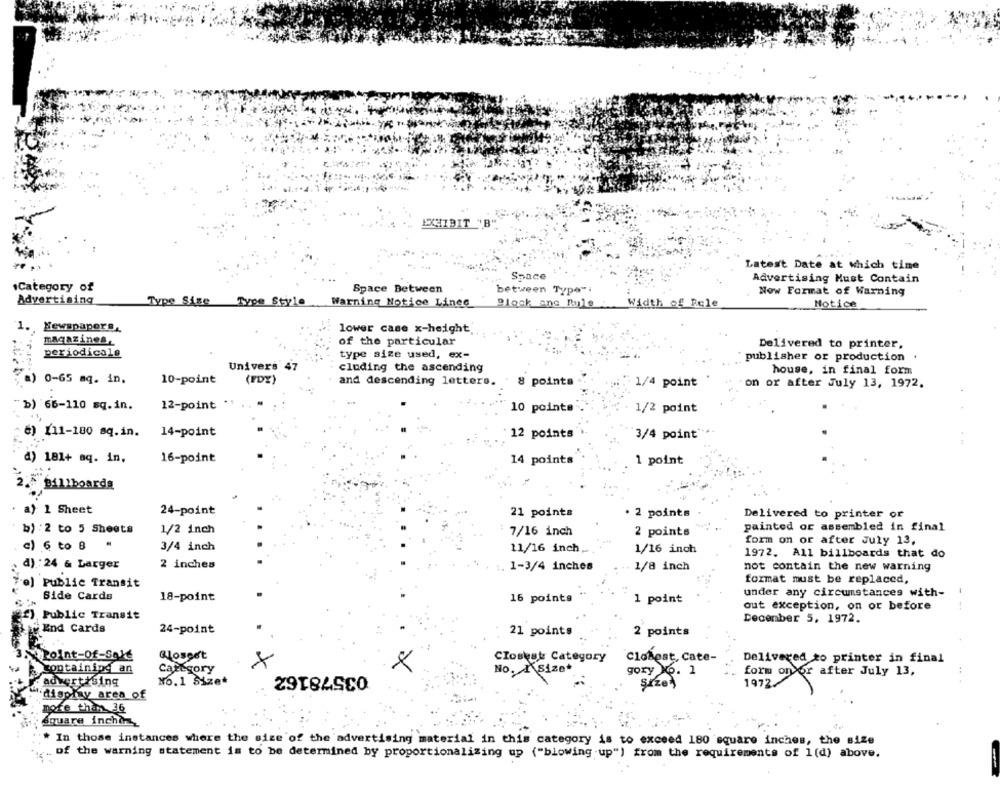
BIT
Latest Date at which time
Space
Advertising Must Contain
.Category of
Space Between
between Type".
Now Format of Warning
Advertising
Type Sige
Type Style
Warning Notice Linee
Block ane Bule
Width of Pale
Notice
1. Newspapers,
lower case x-height
magazines,
of the particular
Delivered to printer.
periodicals
type size used, ex-
publisher or production .
Univers 47
cluding the ascending
house, in final form
a) 0-65 mq. in.
10-point
(FDX)
and descending letters.
8 points
1/4 point
on or after July 13, 1972.
"b) 66-110 sq.in.
12-point
10 points
1/2 point
#) 111-180 sq.in.
14-point
12 points
3/4 point"
d) 181+ aq. in.
16-point
14 points
1 point
2 .~ Billboards
a) 1 Sheet
24-point
21 points
· 2 points
Delivered to printer or
b) : 2 to 5 Sheets
1/2 inch
painted or assembled in final
: 7/16 inch
2 points
c) 6 to B "
3/4 inch
form on or after July 13,
11/16 inch_
1/16 inch
1972. All billboards that do
d): 24 & Larger
2 inches
1-3/4 inches
1/8 inch
not contain the new warning
Public Transit
format must be replaced,
under any circumstances with-
Side Cards
18-point
16 points
1 point
out exception, on or before
(f), Public Transit
December 5, 1972.
End Cards
24-point
21 points
2 points
Point-Of-Sale
Glosee't
Closest, Cate-
Delivered to printer in final
X
Closest Category
Containing an
Category
03578162
×
No. I Size*
gory 6. 1
form on or after July 13,
No.1 Size+
advertising
Size)
1972.
'display area of
more than 36
Square inchi
# In those instances where the size of the advertising material in this category is to exceed 180 square inches, the size
of the warning statement is to be determined by proportionalizing up ("blowing up") from the requirements of 1(d) above.